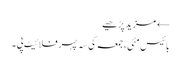
← مزید پڑھیے
بائیس مئی، جمعہ کی سہ پہر فلائیٹ پی۔